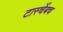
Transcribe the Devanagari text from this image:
टास्चेंबच